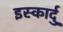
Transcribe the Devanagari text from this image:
इस्कार्दु